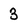
Character: 3